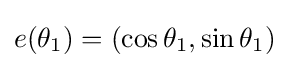
e(\theta _{1})=(\cos \theta _{1},\sin \theta _{1})